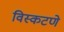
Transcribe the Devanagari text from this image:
विस्कटणे